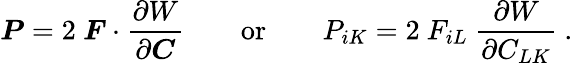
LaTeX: {\boldsymbol{P}}=2~{\boldsymbol{F}}\cdot{\frac{\partial W}{\partial{\boldsymbol{C}}}}\qquad{\mathrm{or}}\qquad P_{iK}=2~F_{iL}~{\frac{\partial W}{\partial C_{LK}}}~.